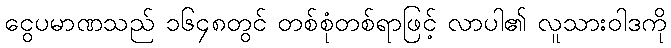
ငွေပမာဏသည် ၁၆၄၈တွင် တစ်စုံတစ်ရာဖြင့် လာပါ၏ လူသားဝါဒကို